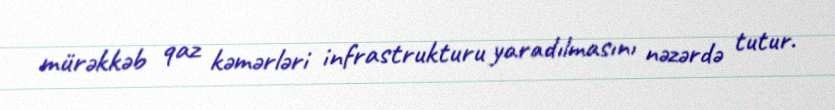
mürəkkəb qaz kəmərləri infrastrukturu yaradılmasını nəzərdə tutur.